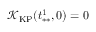
\mathcal { K } _ { \mathrm { K P } } ( t _ { * * } ^ { 1 } , 0 ) = 0